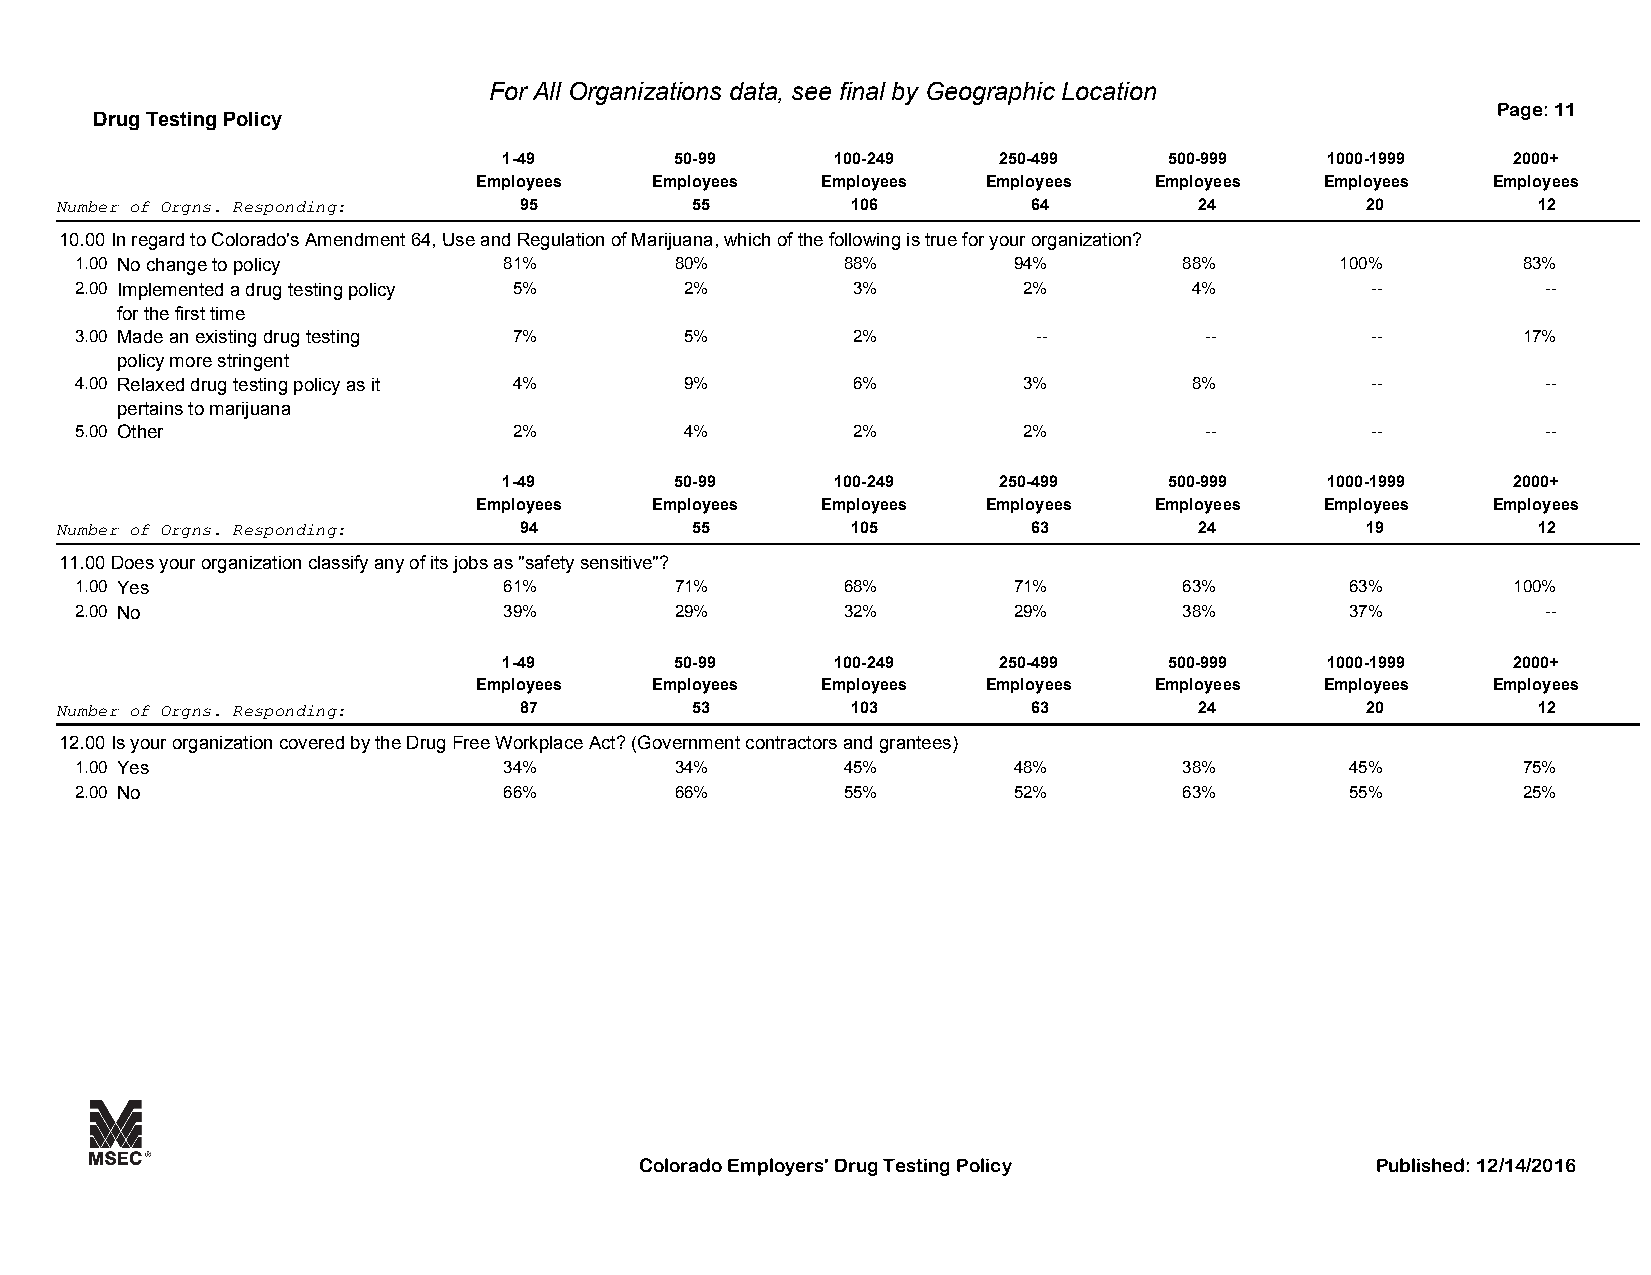
For All Organizations data, see final by Geographic Location
 Page: 11
 Drug Testing Policy
 1-49        50-99     100-249    250-499    500-999    1000-1999   2000+
 Employees   Employees  Employees  Employees  Employees   Employees  Employees
 Number of Orgns. Responding:  95          55        106         64         24         20          12
 10.00In regard to Colorado's Amendment 64, Use and Regulation of Marijuana, which of the following is true for your organization?
 1.00 No change to policy    81%         80%        88%        94%        88%        100%        83%
 2.00 Implemented a drug testing policy 5% 2%       3%          2%         4%          --         --
 for the first time
 3.00 Made an existing drug testing 7%   5%         2%           --         --         --        17%
 policy more stringent
 4.00 Relaxed drug testing policy as it 4% 9%       6%          3%         8%          --         --
 pertains to marijuana
 5.00 Other                   2%         4%         2%          2%          --         --         --
 1-49        50-99     100-249    250-499    500-999    1000-1999   2000+
 Employees   Employees  Employees  Employees  Employees   Employees  Employees
 Number of Orgns. Responding:  94          55        105         63         24         19          12
 11.00Does your organization classify any of its jobs as "safety sensitive"?
 1.00 Yes                    61%         71%        68%        71%        63%        63%        100%
 2.00 No                     39%         29%        32%        29%        38%        37%          --
 1-49        50-99     100-249    250-499    500-999    1000-1999   2000+
 Employees   Employees  Employees  Employees  Employees   Employees  Employees
 Number of Orgns. Responding:  87          53        103         63         24         20          12
 12.00Is your organization covered by the Drug Free Workplace Act? (Government contractors and grantees)
 1.00 Yes                    34%         34%        45%        48%        38%        45%         75%
 2.00 No                     66%         66%        55%        52%        63%        55%         25%
 Colorado Employers' Drug Testing Policy          Published: 12/14/2016